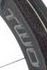
OML